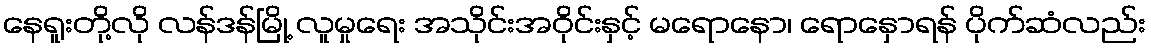
နေရူးတို့လို လန်ဒန်မြို့ လူမှုရေး အသိုင်းအဝိုင်းနှင့် မရောနော၊ ရောနှောရန် ပိုက်ဆံလည်း